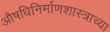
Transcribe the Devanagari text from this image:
औषधिनिर्माणशास्त्राच्या